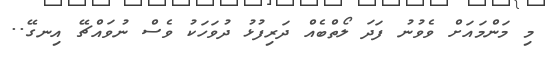
މި މަންމައަށް ވެވުނު ފަދަ ލޯތްބެއް ދަރިފުޅު ދުވަހަކު ވެސް ނުވައްޗޭ އިނގޭ..